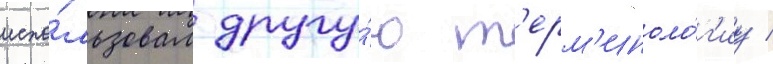
испо́льзовал другу́ю т'ерм'иноло́г'иу /